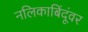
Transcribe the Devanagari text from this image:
नलिकाबिंदूंवर